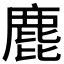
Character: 𪊕